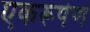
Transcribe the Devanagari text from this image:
एकरूपेण